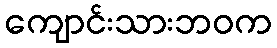
ကျောင်းသားဘဝက